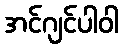
အင်ဂျင်ပါဝါ